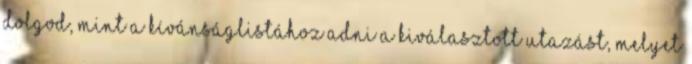
dolgod, mint a kívánságlistához adni a kiválasztott utazást, melyet